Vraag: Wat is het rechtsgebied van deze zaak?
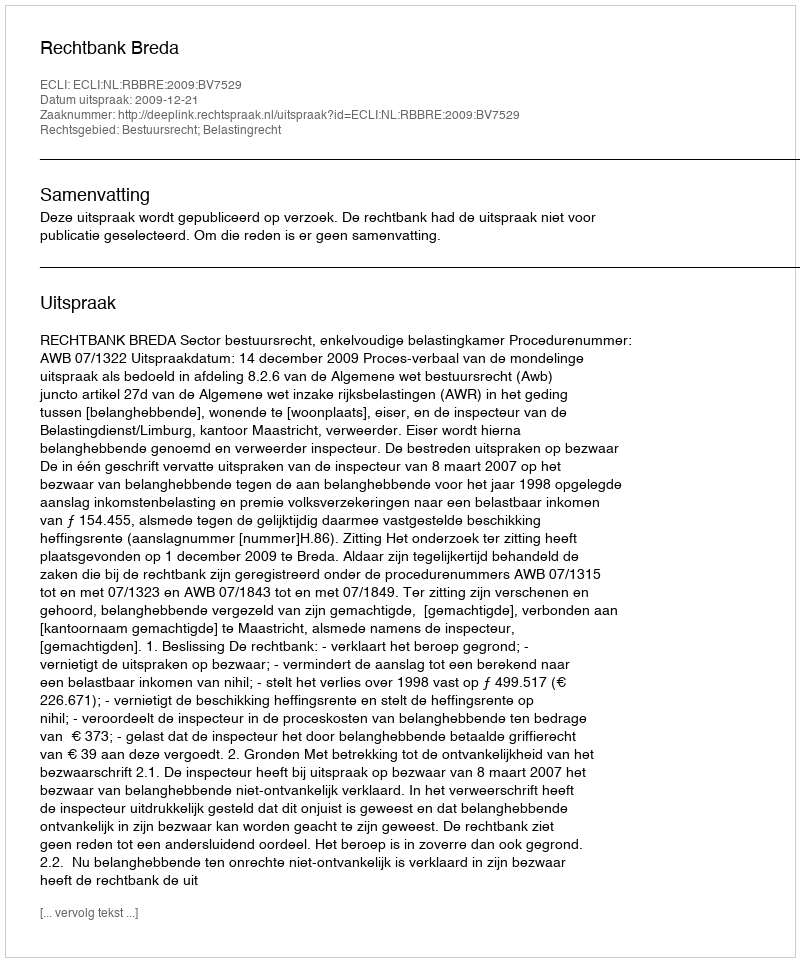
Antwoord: Bestuursrecht; Belastingrecht